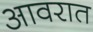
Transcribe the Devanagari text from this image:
आवरात